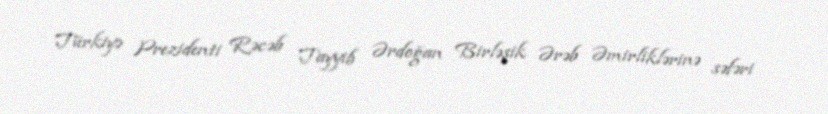
Türkiyə Prezidenti Rəcəb Tayyib Ərdoğan Birləşik Ərəb Əmirliklərinə səfəri